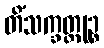
တိံသက္ခတ္တုဉ္စ